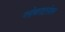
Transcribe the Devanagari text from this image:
ग्‍लोबलाइलेशन